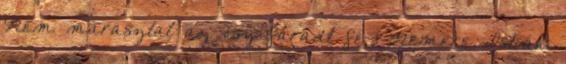
Nem marasztal az ősz fáradt fé 1 Nemere István: